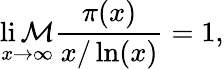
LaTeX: \operatorname*{li\mathcal{M}}_{x\to\infty}{\frac{{\pi(x)}}{{x/\ln(x)}}}=1,